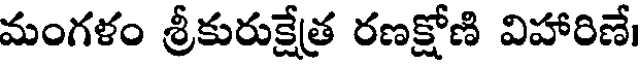
మంగళం శ్రీకురుక్షేత్ర రణక్షోణి విహారిణే।